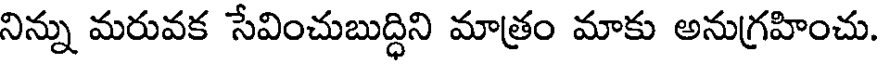
నిన్ను మరువక సేవించుబుద్ధిని మాత్రం మాకు అనుగ్రహించు.